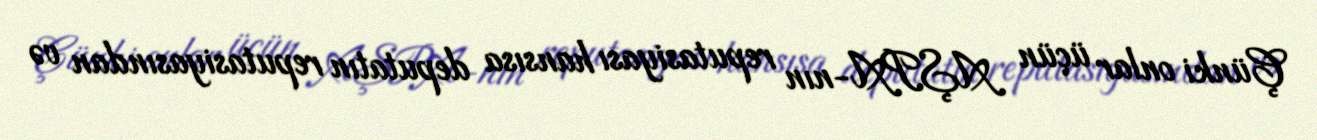
Çünki onlar üçün AŞPA-nın reputasiyası hansısa deputatın reputasiyasından və